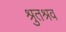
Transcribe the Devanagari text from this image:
श्रुतश्रव